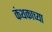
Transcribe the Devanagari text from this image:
कंथकाच्या